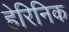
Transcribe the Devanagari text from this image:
हेरिनिक